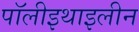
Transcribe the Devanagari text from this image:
पॉलीइथाइलीन